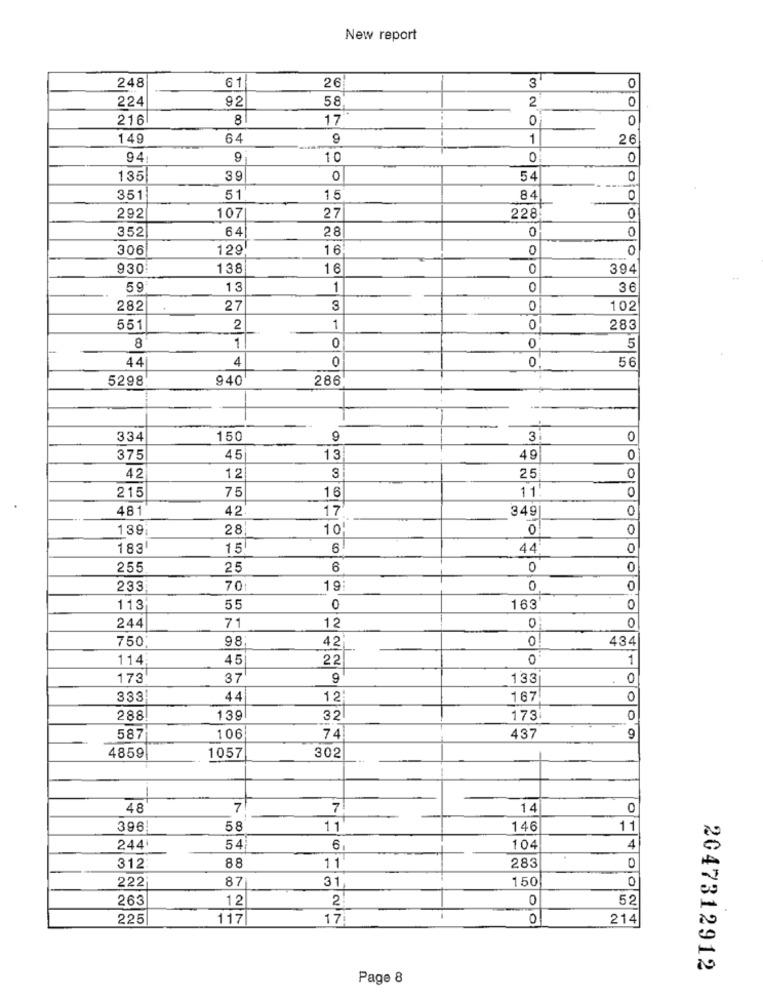
New report
61
26
3"
248
224
92
58
2
0
216
8
17
0
149
64
9
1
26
94
9
0
135
39
0
54
0
35
51
84
0
292
107
27
228
0
352
64
28
0
0
306
129
16
0
0
930
138
1 6
0
394
59
13
1
36
282
27
0
102
551
2
1
0
283
1
0
0
8
5
44
4
0
0
56
5298
940
286
334
150
9
3
0
375
45
13
49
0
25
42
12
3
0
75
16
11
0
215
481
42
17
349
0
139
28
10
0
0
183
15
6
44
0
255
25
6
0
233
70
19
0
113
55
0
163
0
71
12
0
0
244
750
98
42
434
114
45
22
0
1
173
37
9
133
.
0
333
44
12
167
0
288
139
32
173
0
587
106
74
437
4859
1057
302
48
7
7
14
0
396
58
11
146
11
244
54
6
104
4
312
88
11
283
O
222
87
31
150
0
263
12
2
0
52
225
117
17
0
214
2047312912
Page 8